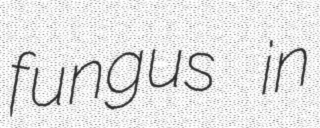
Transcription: fungus in